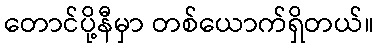
တောင်ပို့နီမှာ တစ်ယောက်ရှိတယ်။